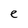
Character: e